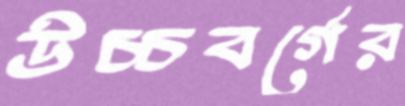
উচ্চবর্গের